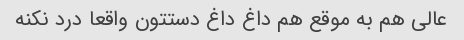
عالی هم به موقع هم داغ داغ دستتون واقعا درد نکنه